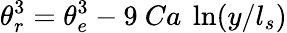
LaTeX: \theta_{r}^{3}=\theta_{e}^{3}-9\ Ca\ \ln(y/l_{s})